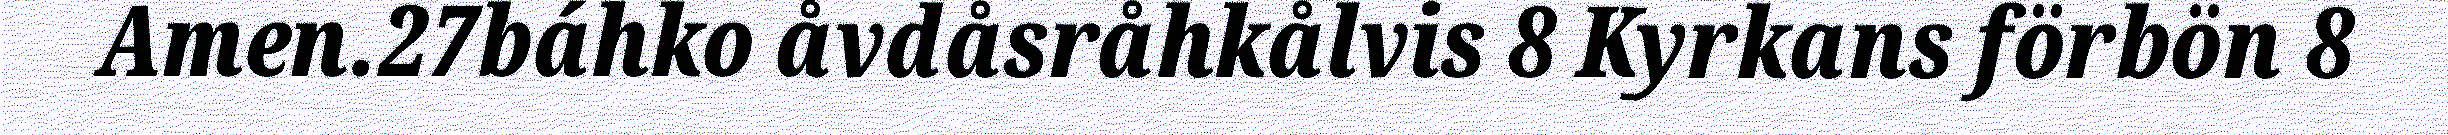
Amen.27báhko åvdåsråhkålvis 8 Kyrkans förbön 8